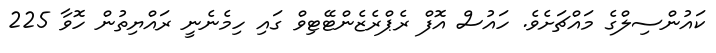
ކައުންސިލްގެ މައްޗަށެެވެ. ހައުސް އޮފް ރެޕްރެޒެންޓޭޓިވް ގައި ހިމެނެނީ ރައްޔިތުން ހޮވާ 225